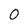
Character: 0